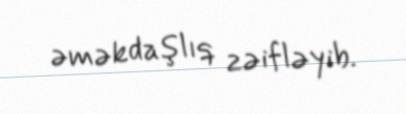
əməkdaşlıq zəifləyib.